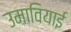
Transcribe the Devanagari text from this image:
उमावियाई